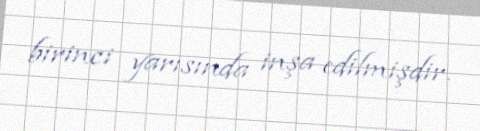
birinci yarısında inşa edilmişdir.